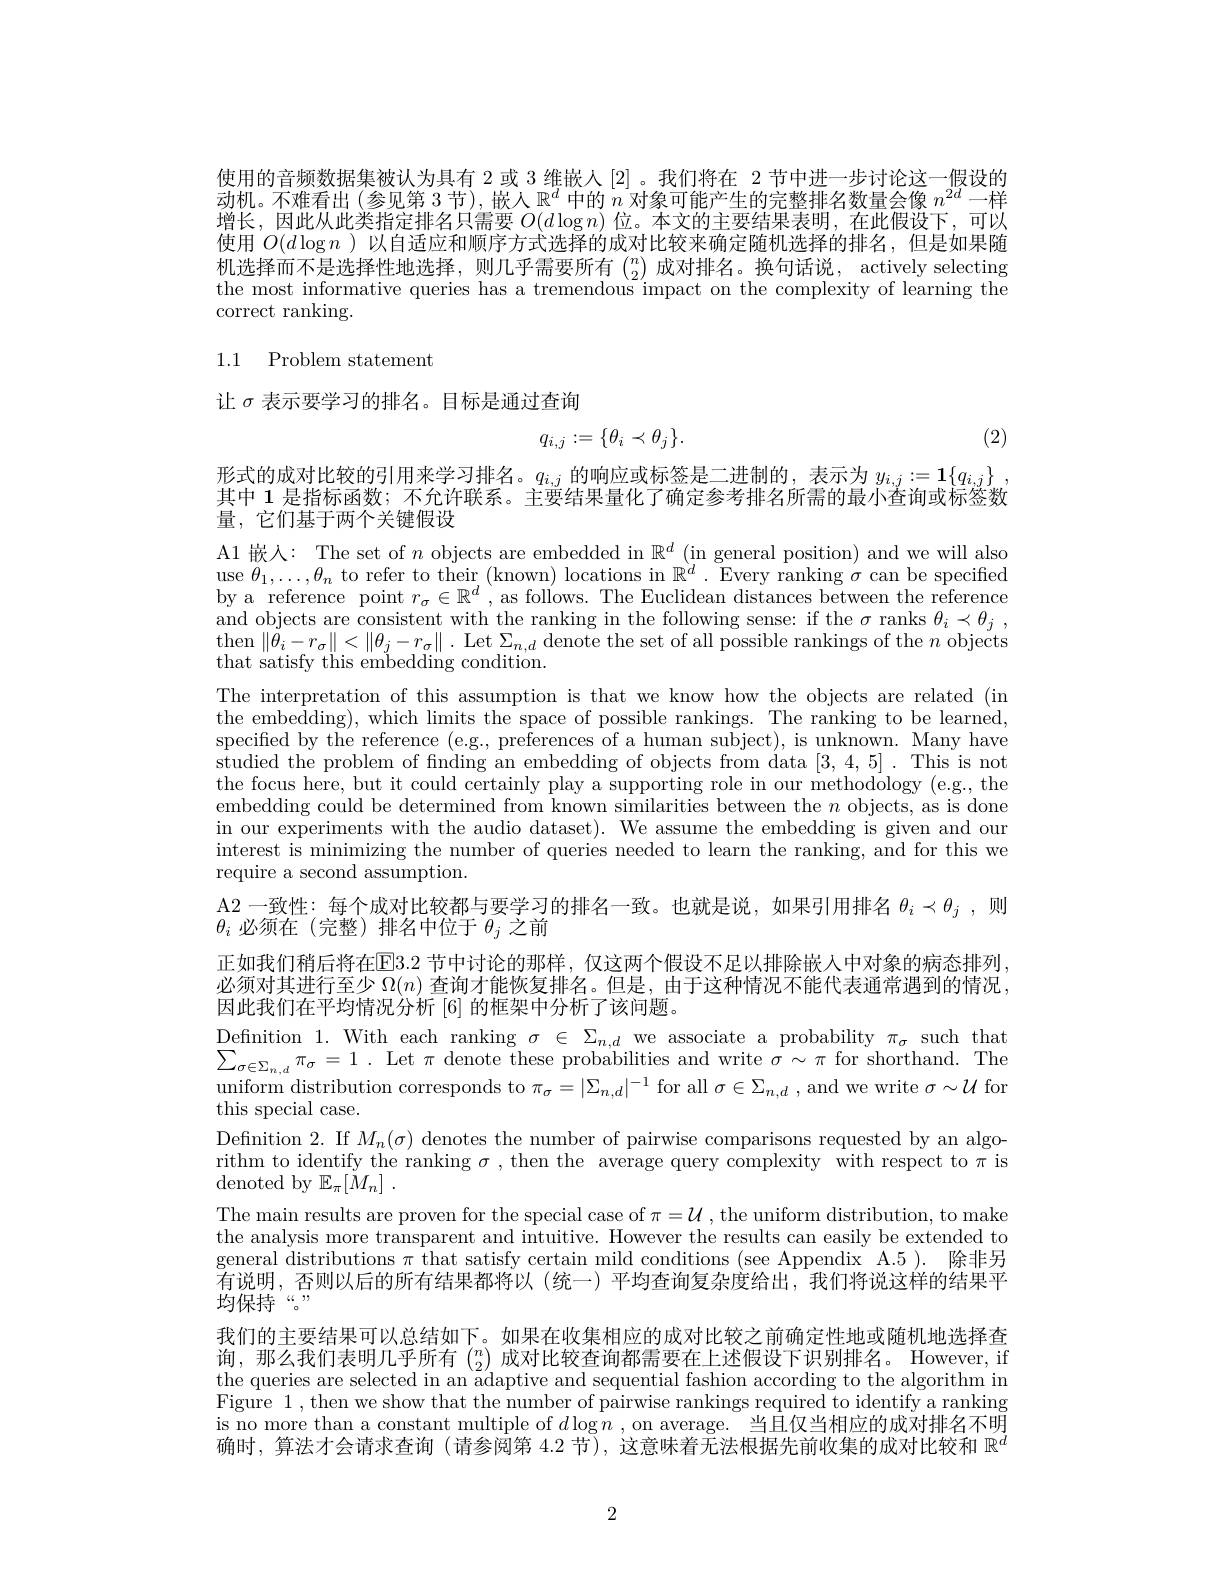
使用的音频数据集被认为具有 2 或 3 维嵌人[2]。我们将在 2 节中进一步讨论这一假设的动机。不难看出(参见第 3 节),嵌人$\mathbb{R}^d$中的$n$对象可能产生的完整排名数量会像$n^2d$一样增长，因此从此类指定排名只需要$O(d\log n)$位。本文的主要结果表明，在此假设下，可以使用$O(d\log n$ )以自适应和顺序方式选择的成对比较来确定随机选择的排名，但是如果随机选择而不是选择性地选择，则几乎需要所有$\binom n2$成对排名。换句话说，actively selecting the most informative queries has a tremendous impact on the complexity of learning the correct ranking.

# 1.1 Problem statement

让$\sigma$表示要学习的排名。目标是通过查询

(2)
$$q_{i,j}:=\{\theta_i\prec\theta_j\}.$$
量，它们基于两个关键假设
A1 嵌人：The set of $n$ objects are embedded in $\mathbb{R}^d$ (in general position) and we will also use $\theta_1,\ldots,\theta_n$ to refer to their (known) locations in $\mathbb{R}^d.$ Every ranking $\sigma$ can be specified by a reference point $r_\sigma\in\mathbb{R}^d$ , as follows. The Euclidean distances between the reference and objects are consistent with the ranking in the following sense: if the $\sigma$ ranks $\theta_i\prec\theta_j$, $\begin{array}{c}\mathrm{then}\left\|\bar{\theta}_{i}-r_{\sigma}\right\|<\left\|\theta_{j}-r_{\sigma}\right\|.\begin{array}{c}\mathrm{Let~}\Sigma_{n,d}\end{array}\mathrm{denote~the~set~of~all~possible~rankings~of~the~}n\end{array}$objects that satisfy this embedding condition.
The interpretation of this assumption is that we know how the objects are related (in the embedding), which limits the space of possible rankings. The ranking to be learned, specified by the reference (e.g., preferences of a human subject), is unknown. Many have studied the problem of fnding an embedding of objects from data [3,4,5]. This is not the focus here, but it could certainly play a supporting role in our methodology (e.g., the embedding could be determined from known similarities between the $n$ objects, as is done in our experiments with the audio dataset). We assume the embedding is given and our interest is minimizing the number of queries needed to learn the ranking, and for this we require a second assumption.
A2 一致性：每个成对比较都与要学习的排名一致。也就是说，如果引用排名$\theta_i\prec\theta_j$ ,则

形式的成对比较的引用来学习排名。$q_i,j$的响应或标签是二进制的，表示为$y_i, j: = \mathbf{1} \{ q_{i, j}\}$ , 其中 1 是指标函数；不允许联系。主要结果量化了确定参考排名所需的最小查询或标签数$\theta_i$必须在(完整)排名中位于$\theta_j$之前
正如我们稍后将在E3. 2 节中讨论的那样，仅这两个假设不足以排除嵌入中对象的病态排列必须对其进行至少$\Omega(n)$查询才能恢复排名。但是 , 由于这种情况不能代表通常遇到的情况， 因此我们在平均情况分析[6]的框架中分析了该问题。
Defnition 1. With each ranking $\sigma\in\Sigma_{n,d}$ we associate a probability $\pi_\sigma$ such that $\sum _{\sigma \in \Sigma _{n}\:d}\pi _{\sigma }= 1$ . Let $\pi$ denote these probabilities and write $\sigma\sim\pi$ for shorthand. The $\begin{array}{c}\text{uniform distribution corresponds to }\pi_{\sigma}=|\Sigma_{n,d}|^{-1}\text{ for all }\sigma\in\Sigma_{n,d}\mathrm{~,~and~we~write~}\sigma\sim\mathcal{U}\end{array}$for this special case.
Definition 2. If $M_n(\sigma)$ denotes the number of pairwise comparisons requested by an algorithm to identify the ranking $\sigma$ ,then the average query complexity with respect to $\pi$ is denoted by $\mathbb{E} _\pi [ M_n]$ .
The main results are proven for the special case of $\pi=\mathcal{U}$, the uniform distribution, to make the analysis more transparent and intuitive. However the results can easily be extended to general distributions $\pi$ that satisfy certain mild conditions (see Appendix A.5). 除非另$\bar{\text{有说明，否则以后的所有结果都将以(统一)平均查询复杂度给出，我们将说这样的结果平}}$ 均保持“。
我们的主要结果可以总结如下。如果在收集相应的成对比较之前确定性地或随机地选择查询，那么我们表明几乎所有$\binom n2$成对比较查询都需要在上述假设下识别排名。However, if the queries are selected in an adaptive and sequential fashion according to the algorithm in Figure 1, then we show that the number of pairwise rankings required to identify a ranking is no more than a constant multiple of $d\log n$ ,on average. 当且仅当相应的成对排名不明确时，算法才会请求查询(请参阅第 4.2 节),这意味着无法根据先前收集的成对比较和$\mathbb{R}^d$

2